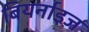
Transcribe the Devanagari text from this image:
बियर्नाइज़